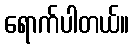
ရောက်ပါတယ်။